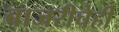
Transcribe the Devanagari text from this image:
बाजरीचेही